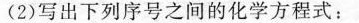
(2)写出下列序号之间的化学方程式：